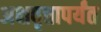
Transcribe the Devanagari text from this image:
अक्षवृत्तापर्यंत